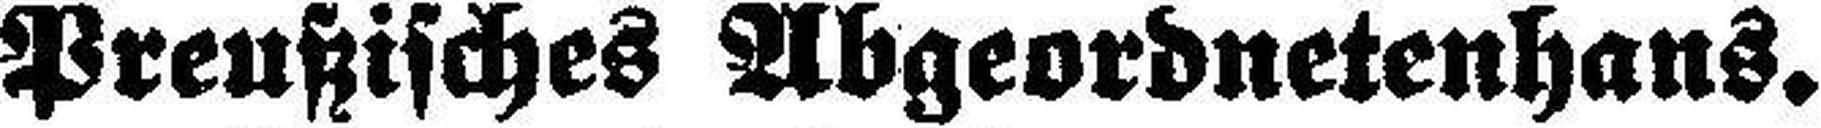
Preußisches Abgeordnetenhaus.